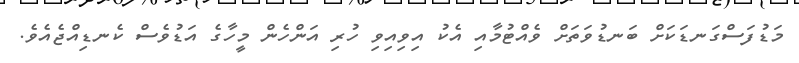
މަޑުފަސްގަނޑަކަށް ބަނޑުވަތަށް ވެއްޓުމާއި އެކު އިވިއިވި ހުރި އަންހެން މީހާގެ އަޑުވެސް ކެނޑިއްޖެއެވެ.